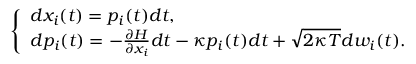
\begin{array} { r } { \left\{ \begin{array} { l } { d x _ { i } ( t ) = p _ { i } ( t ) d t , } \\ { d p _ { i } ( t ) = - \frac { \partial H } { \partial x _ { i } } d t - \kappa p _ { i } ( t ) d t + \sqrt { 2 \kappa T } d w _ { i } ( t ) . } \end{array} \right. } \end{array}